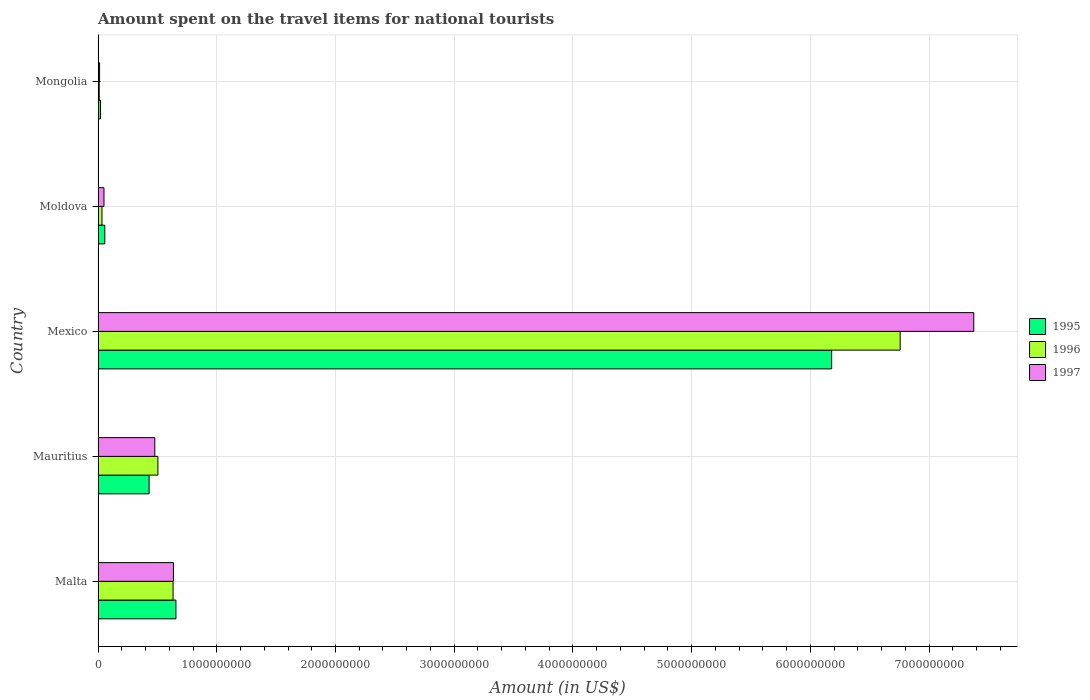
| Country | 1995 | 1996 | 1997 |
 | --- | --- | --- | --- |
 | Malta | 6.56e+08 | 6.32e+08 | 6.35e+08 |
 | Mauritius | 4.3e+08 | 5.04e+08 | 4.78e+08 |
 | Mexico | 6.18e+09 | 6.76e+09 | 7.38e+09 |
 | Moldova | 5.7e+07 | 3.3e+07 | 5e+07 |
 | Mongolia | 2.1e+07 | 1e+07 | 1.3e+07 |